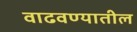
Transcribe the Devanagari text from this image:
वाढवण्यातील